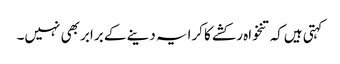
کہتی ہیں‌کہ تنخواہ رکشے کا کرایہ دینے کے برابر بھی نہیں۔